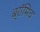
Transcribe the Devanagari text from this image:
ब्रॉमिच